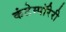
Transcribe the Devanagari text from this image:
कंटेम्पॉरेरी